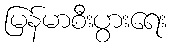
မြန်မာစီးပွားရေး